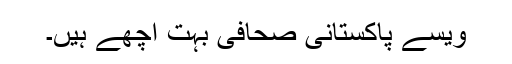
ویسے پاکستانی صحافی بہت اچھے ہیں۔